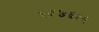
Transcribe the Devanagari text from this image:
५६७६१२